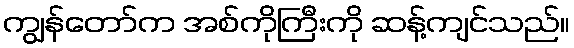
ကျွန်တော်က အစ်ကိုကြီးကို ဆန့်ကျင်သည်။